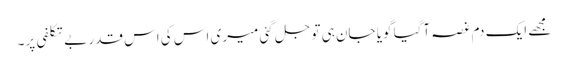
مجھے ایک دم غصہ آگیا گویا جان ہی تو جل گئی میری اس کی اس قدر بے تکلفی پر۔